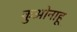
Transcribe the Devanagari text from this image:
कुओनाहू